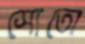
সোতো